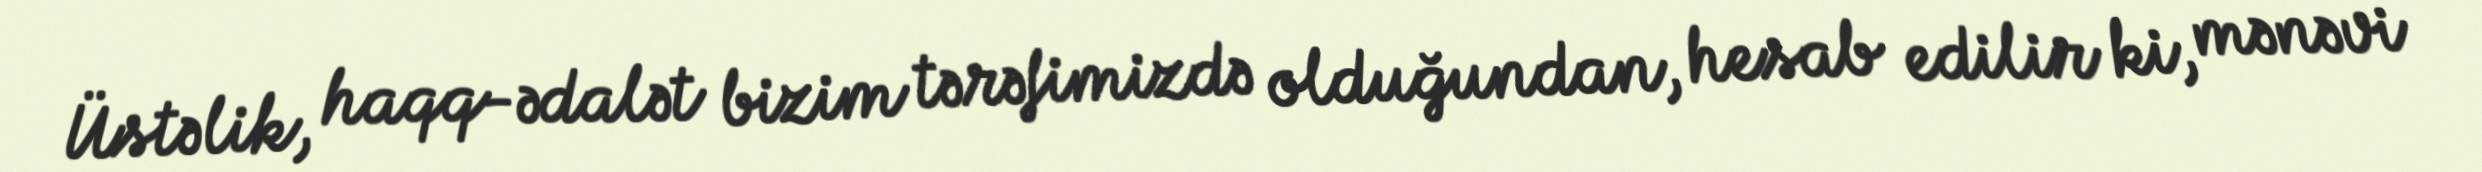
Üstəlik, haqq-ədalət bizim tərəfimizdə olduğundan, hesab edilir ki, mənəvi